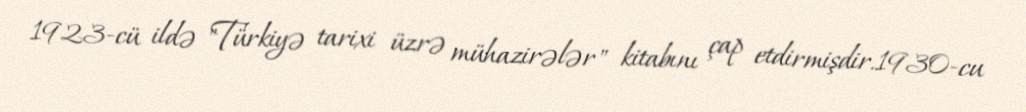
1923-cü ildə "Türkiyə tarixi üzrə mühazirələr" kitabını çap etdirmişdir.1930-cu